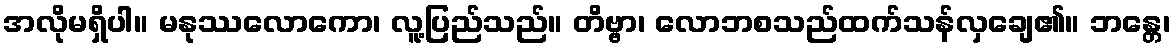
အလိုမရှိပါ။ မနုဿလောကော၊ လူ့ပြည်သည်။ တိဗ္ဗာ၊ လောဘစသည်ထက်သန်လှချေ၏။ ဘန္တေ၊